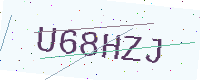
Text: U68HZJ